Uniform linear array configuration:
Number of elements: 64
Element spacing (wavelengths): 0.25
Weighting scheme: hamming
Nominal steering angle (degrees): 30
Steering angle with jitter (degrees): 30.263
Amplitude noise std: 0.05
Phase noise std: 0.05

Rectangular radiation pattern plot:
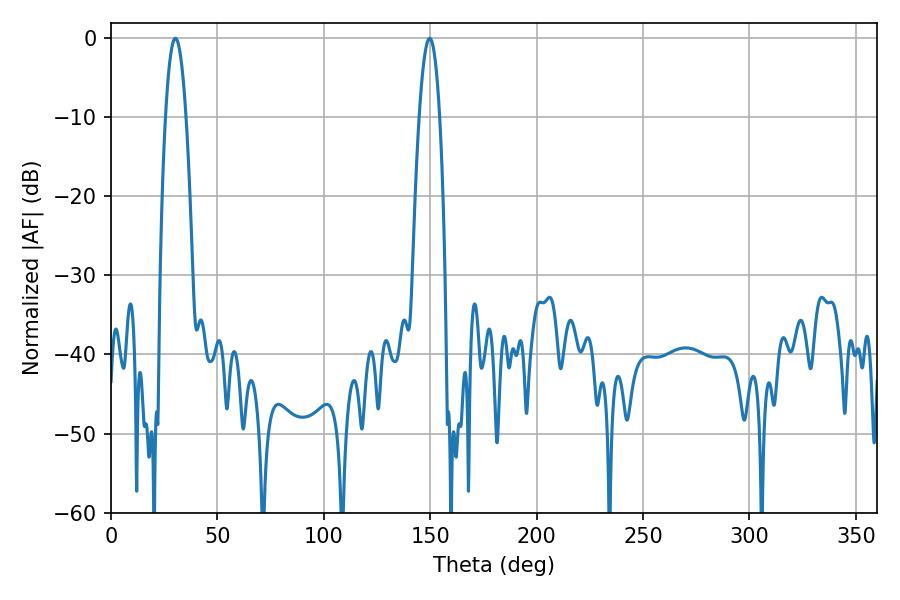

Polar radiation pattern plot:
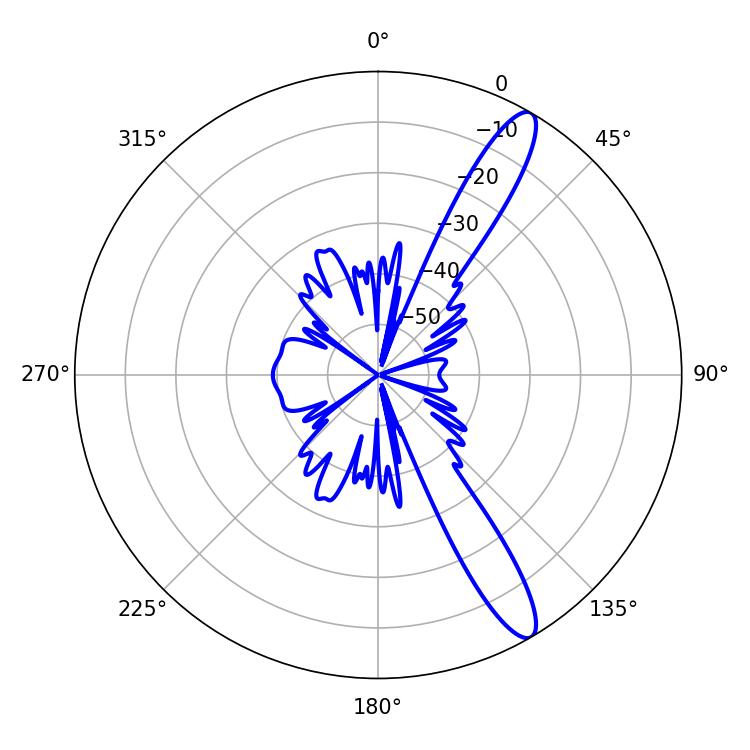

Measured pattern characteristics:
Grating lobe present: FALSE
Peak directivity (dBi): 12.969
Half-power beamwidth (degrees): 5.22
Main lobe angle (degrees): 30.24